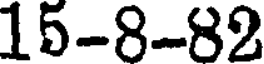
15-8-82